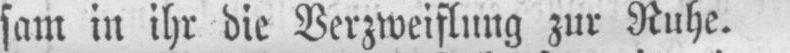
sam in ihr die Verzweiflung zur Ruhe.